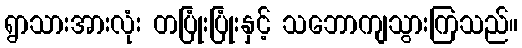
ရွာသားအားလုံး တပြုံးပြုံးနှင့် သဘောကျသွားကြသည်။